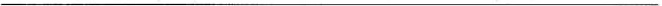
___